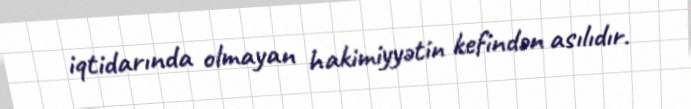
iqtidarında olmayan hakimiyyətin kefindən asılıdır.